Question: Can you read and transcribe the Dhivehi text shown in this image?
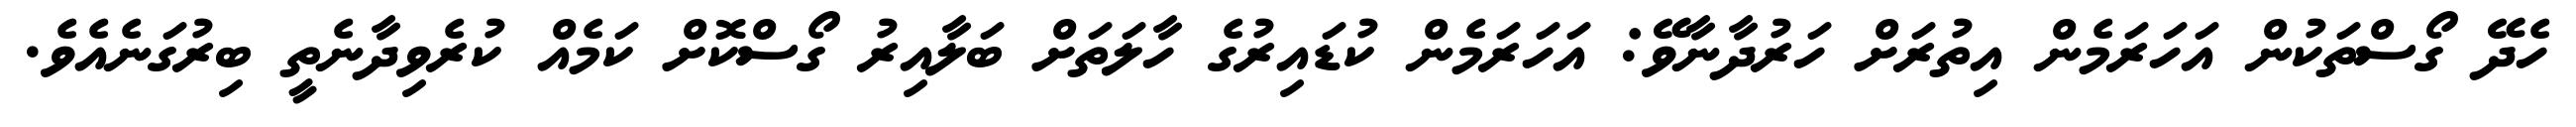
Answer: ހެދޭ ގޯސްތަކުން އަހަރަމެން އިތުރަށް ހަރުދާނާވޭ: އަހަރަމެން ކުޑައިރުގެ ހާލަތަށް ބަލާއިރު ގޯސްކޮށް ކަމެއް ކުރެވިދާނެތީ ބިރުގަނެއެވެ.